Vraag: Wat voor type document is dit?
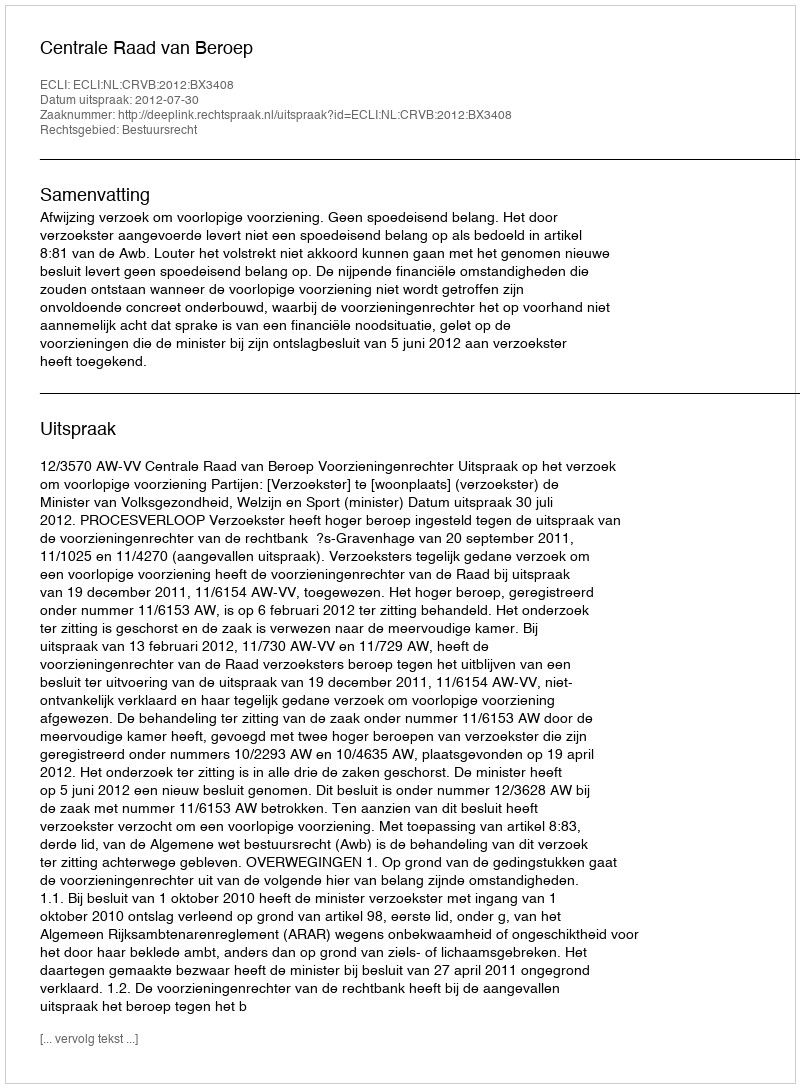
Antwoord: Uitspraak